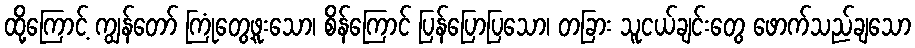
ထို့ကြောင့် ကျွန်တော် ကြုံတွေ့ဖူးသော၊ စိန်ကြောင် ပြန်ပြောပြသော၊ တခြား သူငယ်ချင်းတွေ ဖောက်သည်ချသော